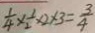
\frac { 1 } { 4 } \times \frac { 1 } { 2 } \times 2 \times 3 = \frac { 3 } { 4 }